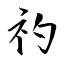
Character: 礿